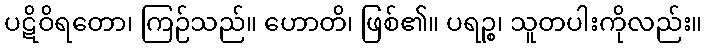
ပဋိဝိရတော၊ ကြဉ်သည်။ ဟောတိ၊ ဖြစ်၏။ ပရဉ္စ၊ သူတပါးကိုလည်း။